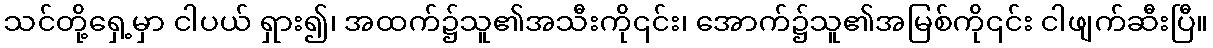
သင်တို့ရှေ့မှာ ငါပယ် ရှား၍၊ အထက်၌သူ၏အသီးကို၎င်း၊ အောက်၌သူ၏အမြစ်ကို၎င်း ငါဖျက်ဆီးပြီ။